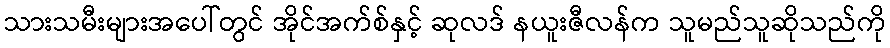
သားသမီးများအပေါ်တွင် အိုင်အက်စ်နှင့် ဆုလဒ် နယူးဇီလန်က သူမည်သူဆိုသည်ကို